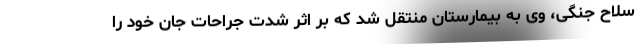
سلاح جنگی، وی به بیمارستان منتقل شد که بر اثر شدت جراحات جان خود را